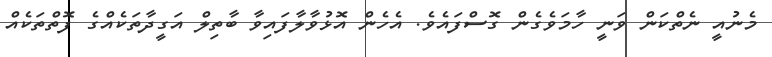
މެނުއީ ނެތްކަން ވަނީ ހާމަވެގެން ގޮސްފައެވެ. އެހެން އޮޅުވާލާފައިވާ ބާތިލް އަގީދާތަކެއްގެ ފޮތްތަކެއް